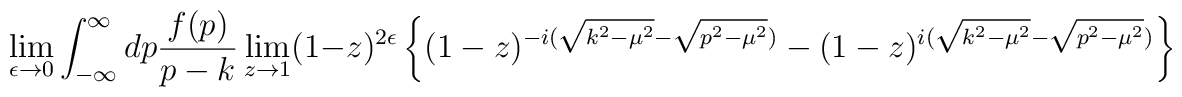
\lim_{\epsilon \rightarrow 0}\int_{-\infty}^{\infty}dp \frac{f(p)}{p-k}\lim_{z \rightarrow 1}(1-z)^{2 \epsilon}\left\{ (1-z)^{-i(\sqrt{k^2-\mu^2}-\sqrt{p^2-\mu^2})}-(1-z)^{i(\sqrt{k^2-\mu^2}-\sqrt{p^2-\mu^2})}\right\}